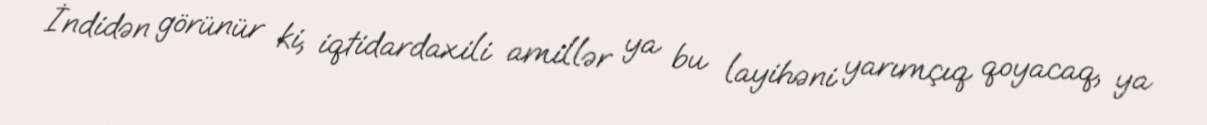
İndidən görünür ki, iqtidardaxili amillər ya bu layihəni yarımçıq qoyacaq, ya